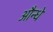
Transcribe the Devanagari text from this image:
औन्धे